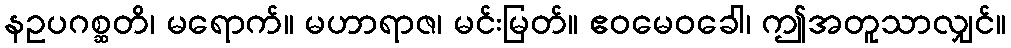
နဥပဂစ္ဆတိ၊ မရောက်။ မဟာရာဇ၊ မင်းမြတ်။ ဧဝမေဝခေါ၊ ဤအတူသာလျှင်။